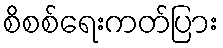
စိစစ်ရေးကတ်ပြား